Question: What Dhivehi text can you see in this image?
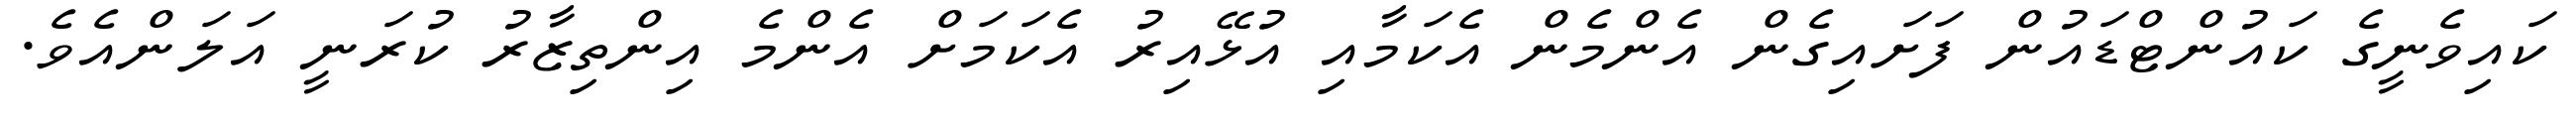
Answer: ކައިވެނީގެ ކައުންޓްޑައުން ފަށައިގެން އެންމެން އެކަމާއި އުޅޭއިރު އެކަމަށް އެންމެ އިންތިޒާރު ކުރަނީ އަލަންއެވެ.